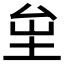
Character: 𡊏